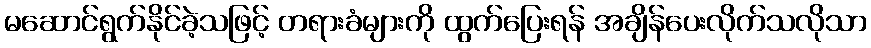
မဆောင်ရွက်နိုင်ခဲ့သဖြင့် တရားခံများကို ထွက်ပြေးရန် အချိန်ပေးလိုက်သလိုသာ